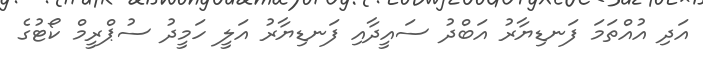
އަދި އުއްތަމަ ފަނޑިޔާރު އަބްދު ސައީދާއި ފަނޑިޔާރު އަލީ ހަމީދު ސުޕްރީމް ކޯޓުގެ